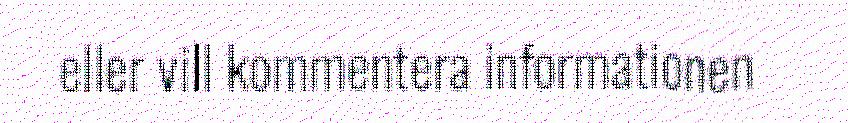
eller vill kommentera informationen